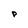
Character: P